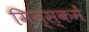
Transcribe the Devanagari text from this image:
मिन्स्कमें